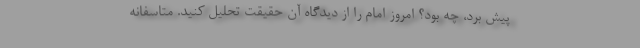
پیش برد، چه بود؟ امروز امام را از دیدگاه آن حقیقت تحلیل کنید. متاسفانه